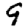
Digit: 9